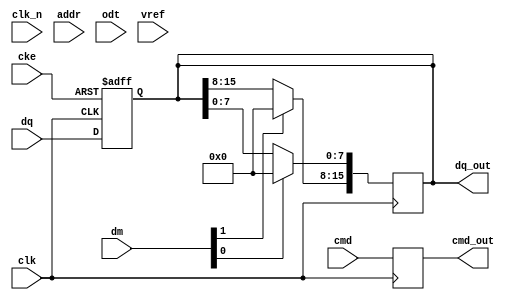
module ddr4_io_block (
    input wire clk,          // Clock input
    input wire clk_n,        // Inverted clock input
    input wire cke,          // Clock enable
    input wire [15:0] dq,    // Data I/O lines
    input wire [1:0] dm,     // Data mask
    input wire [15:0] addr,   // Address lines
    input wire [2:0] cmd,     // Command lines
    input wire odt,          // On-die termination
    input wire vref,         // Reference voltage
    output wire [15:0] dq_out,// Data output
    output wire [2:0] cmd_out // Command output
);

// Internal signals
reg [15:0] dq_reg;
reg [2:0] cmd_reg;
reg [15:0] data_mask;
reg odt_enabled;

// Input/Output buffers for data lines (DQ)
always @(posedge clk or negedge cke) begin
    if (!cke) begin
        dq_reg <= 16'b0; // Disable output when CKE is low
    end else begin
        dq_reg <= dq; // Latch data on rising edge of clk
    end
end

// Command/address buffers
always @(posedge clk) begin
    cmd_reg <= cmd; // Latch command on rising edge of clk
end

// Data masking logic
always @(posedge clk) begin
    if (dm[0]) begin
        dq_reg[7:0] <= 8'b0; // Mask lower half if DM[0] is high
    end
    if (dm[1]) begin
        dq_reg[15:8] <= 8'b0; // Mask upper half if DM[1] is high
    end
end

// On-die termination control
always @(posedge clk) begin
    odt_enabled <= odt; // Enable or disable ODT based on input
end

// Output assignments
assign dq_out = dq_reg; // Output data
assign cmd_out = cmd_reg; // Output command

endmodule